Vaccination in the Punjab 1905-1918 - 1905-1918
Year: 1905
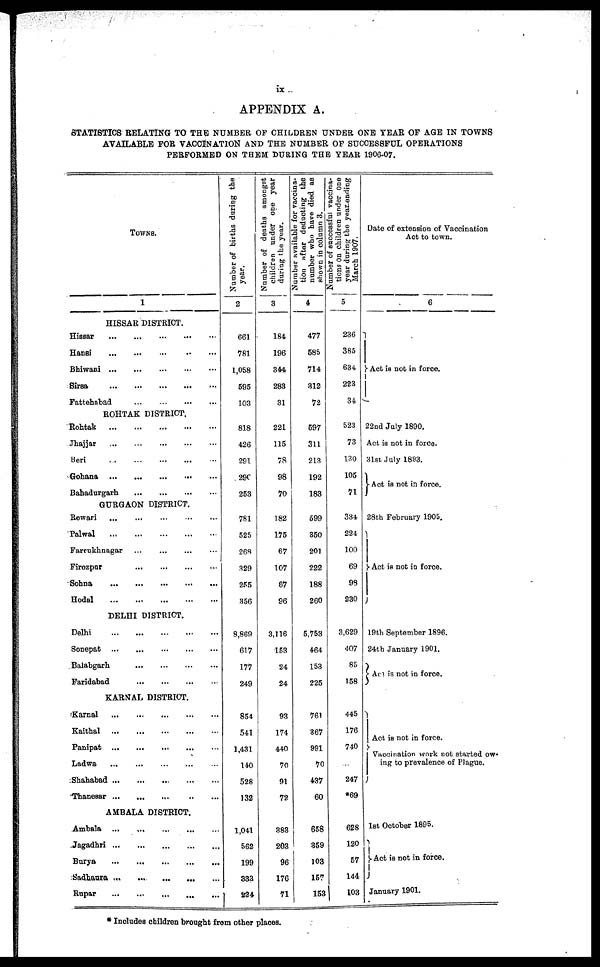
ix
APPENDIX A.
STATISTICS RELATING TO THE NUMBER OF CHILDREN UNDER ONE YEAR OF AGE IN TOWNS
AVAILABLE FOR VACCINATION AND THE NUMBER OF SUCCESSPUL OPERATIONS
PERFORMED ON THEM DURING THE YEAR 1906-07.
TOWNS.
1
HISSAR DISTRICT.
Hissar
...
...
...
...
...
Hansi
...
...
...
...
...
Bhiwani
...
...
...
...
...
Sirsa
...
...
...
...
...
Fattehabad
...
...
...
...
ROHTAK DISTRICT.
Rohtak
...
...
...
...
...
Jhajjar
...
...
...
...
...
Beri ... ... ... ... ...
Gohana
...
...
...
...
...
Bahadurgarh
...
...
...
...
GURGAON DISTRICT.
Rewari
...
...
...
...
...
Palwal
...
...
...
...
...
Farrukhnagar
...
...
...
Firozpur
...
...
...
...
...
Sohna
...
...
...
...
...
Hodal
...
...
...
...
...
DELHI DISTRICT.
Delhi
...
...
...
...
...
Sonepat
...
...
...
...
...
Balabgarh
...
...
...
...
Faridabad
...
...
...
...
KARNAL DISTRICT.
Karnal
...
...
...
...
...
Kaithal
...
...
...
...
...
Panipat
...
...
...
...
...
Ladwa
...
...
...
...
...
Shahabad
...
...
...
...
Thansear
...
...
...
...
...
AMBALA DISTRICT.
Ambala
...
...
...
...
...
Jagadhri
...
...
...
...
...
Burya
...
...
...
...
...
Sadhaura
...
...
...
...
Rupar
...
...
...
...
...
Number of births during the
year.
2
661
781
1,058
595
103
818
426
291
290
253
781
525
268
329
255
356
8,869
617
177
249
854
541
1,431
140
528
132
1,041
562
199
333
224
Number of deaths amongst
children under one year
during the year.
3
184
196
344
283
31
221
115
78
98
70
182
175
67
107
67
96
3,116
153
24
24
93
174
440
70
91
72
383
203
96
176
71
Number available
for vaccina-
tion after deducting the
number who have died as
shown in column 3.
4
477
585
714
312
72
597
311
213
192
183
599
350
201
222
188
260
5,753
464
153
225
761
367
991
70
437
60
658
859
103
157
153
Number of successful vaccina-
tions on children under one
year during the year ending
March 1907.
5
236
385
634
223
34
523
73
130
105
71
334
224
100
69
98
230
3,629
407
85
158
445
176
740
...
247
69
628
120
57
144
103
Date of extension of Vaccination
Act to town.
6
Act is not in force.
22nd July 1890.
Act is not in force.
31st July 1893.
Act is not in force.
28th February 1905.
Act is not in force.
19th September 1896.
24th January 1901.
Act is not in force.
Act is not in force.
Vaccination work not started ow-
ing to prevalence of Plague.
1st October 1895.
Act is not in force.
January 1901.
* Includes children brought from other places.